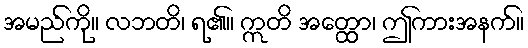
အမည်ကို။ လဘတိ၊ ရ၏။ ဣတိ အတ္ထော၊ ဤကားအနက်။